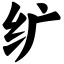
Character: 纩